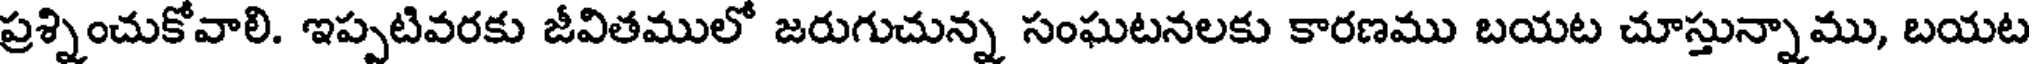
ప్రశ్నించుకోవాలి. ఇప్పటివరకు జీవితములో జరుగుచున్న సంఘటనలకు కారణము బయట చూస్తున్నాము, బయట